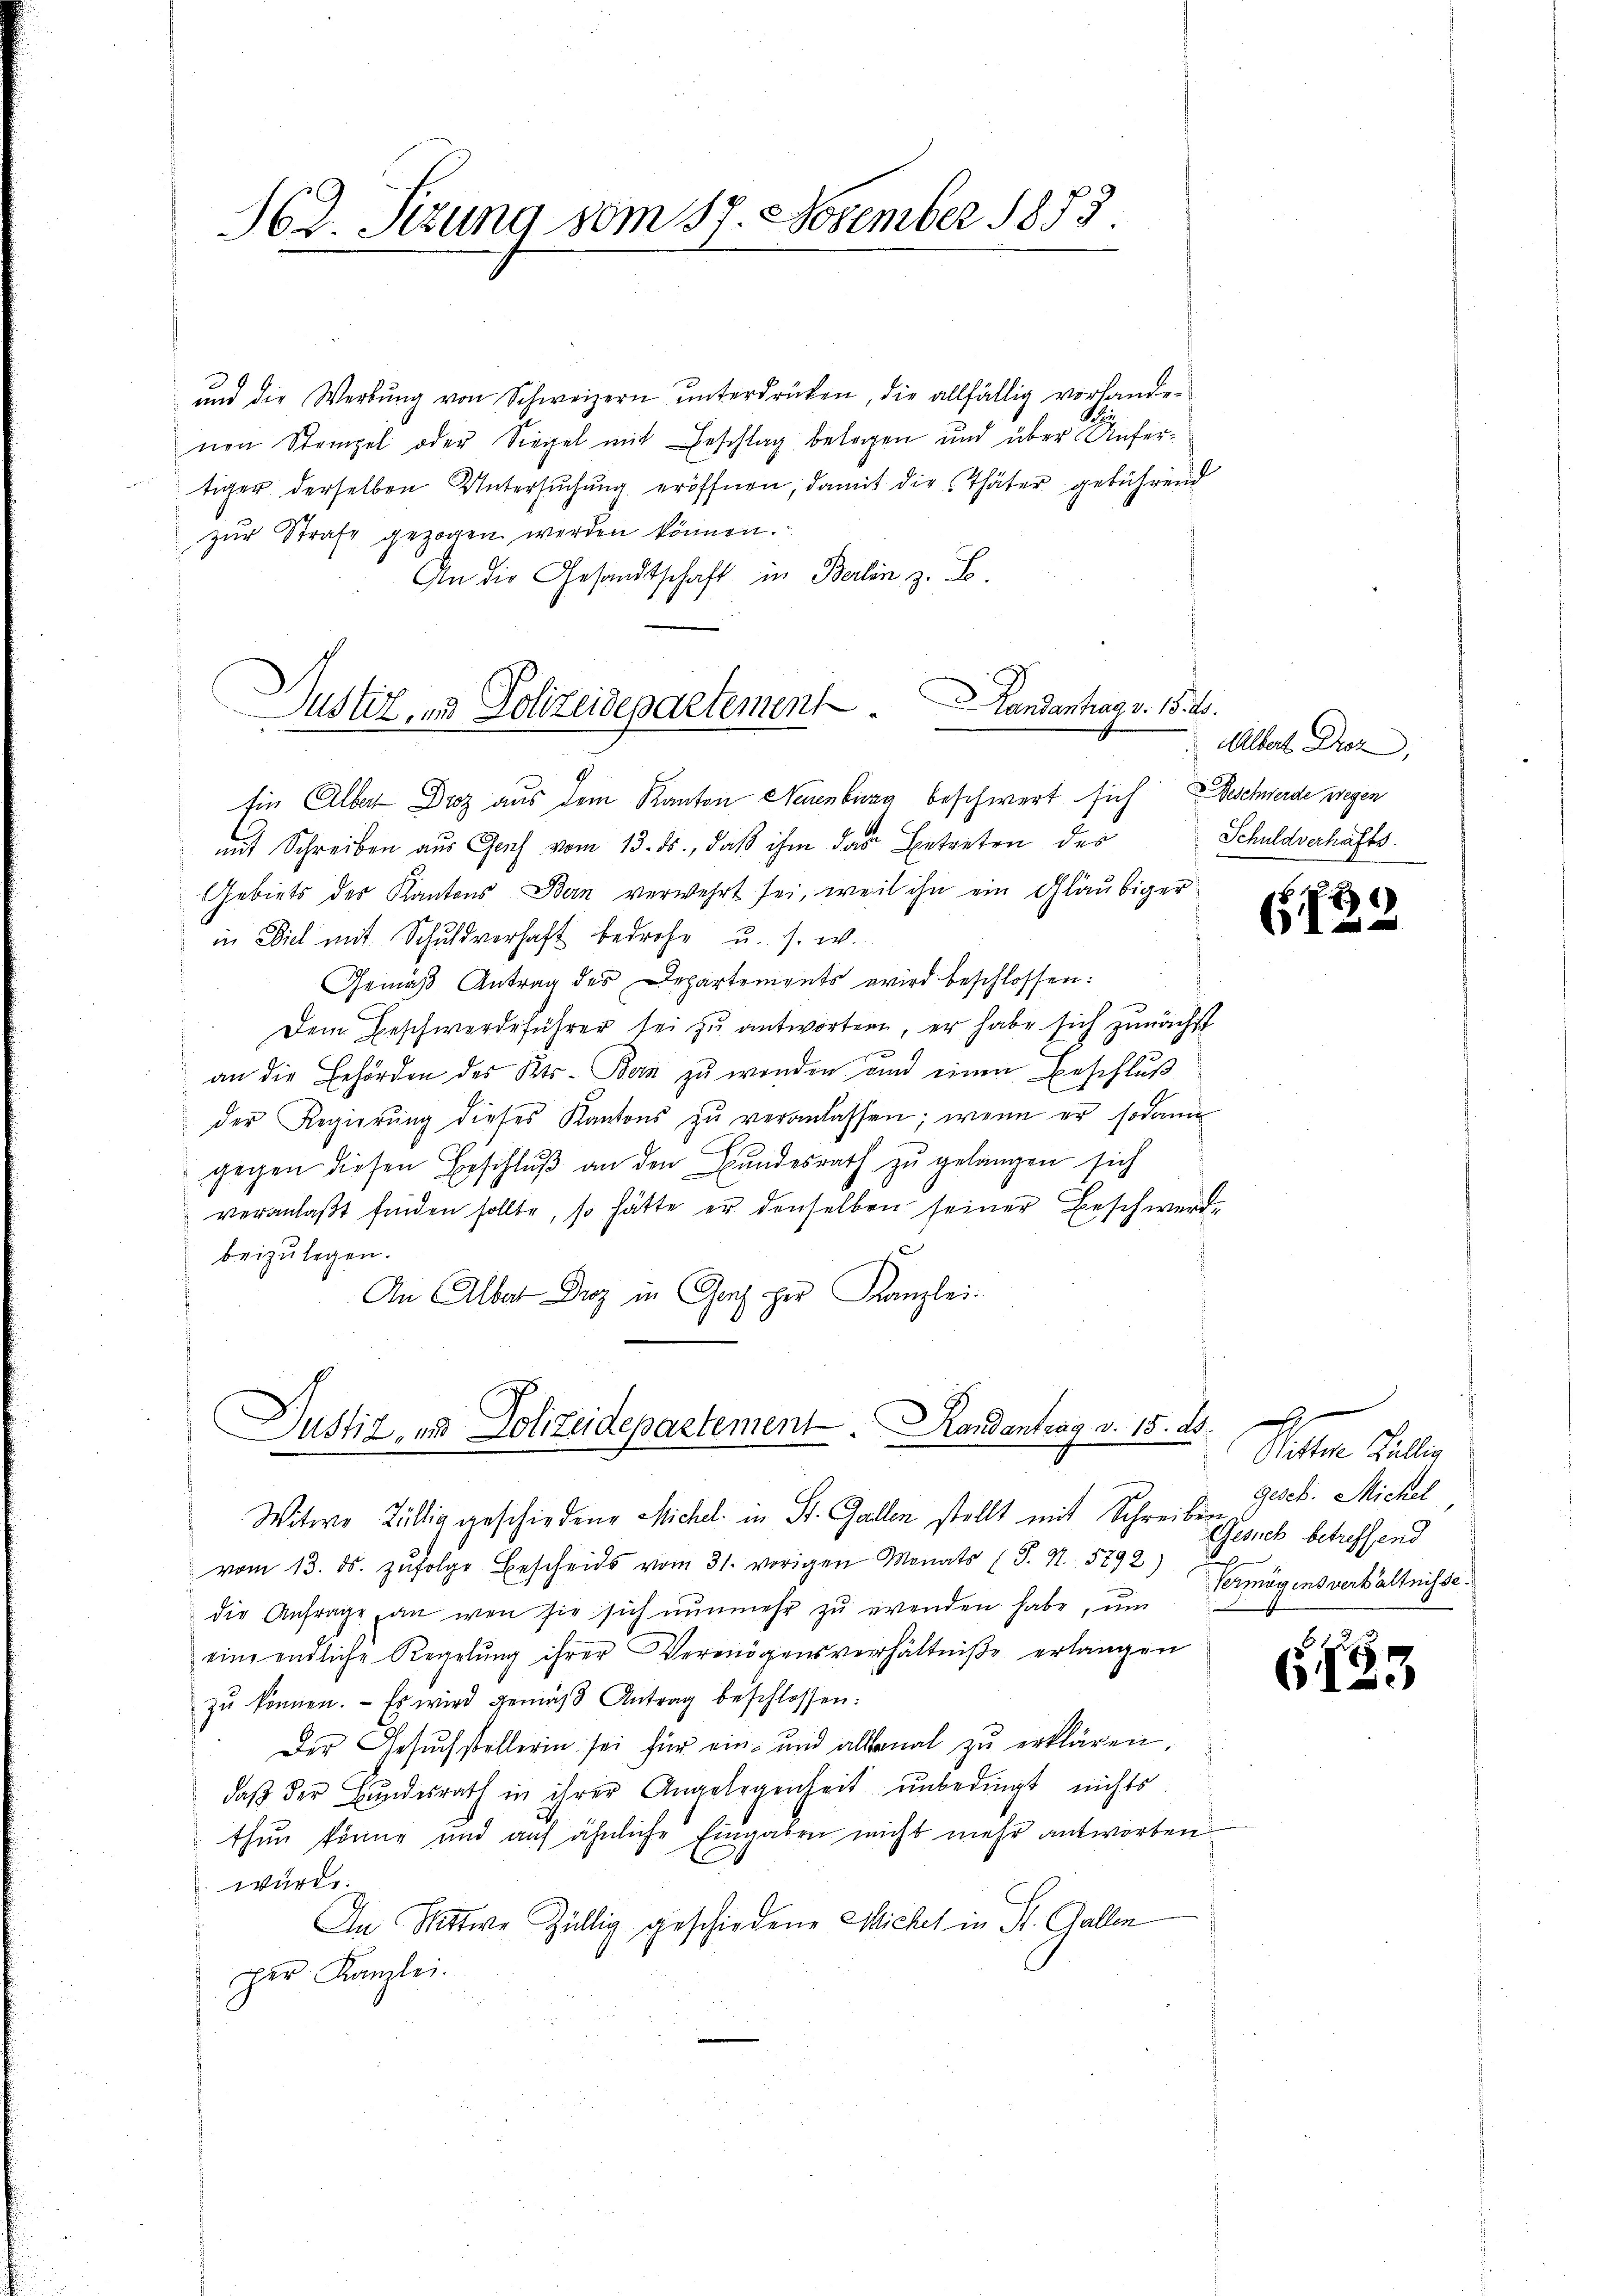
362. Sizung vom 17. November 1853.

ŭnd die Werbŭng von Schweizern ŭnterdrüken, die allfällig vorhande-
nen Stempel oder Siegel mit Beschlag belagen und über Aufertiger derselben Untersuchung eröffnen, damit die Thäter gebührend
zur Strafe gezogen werden können.
An die Gesandtschaft in Berlin z. B.
Ein Alber Droz aus dem Kanton Neuenburg beschwert sich Beschwerde wegen
mit Schreiben aus Genf vom 13. ds., daß ihm das Betreten des
Gebiets des Kantons Bern verwehrt sei, weil ihn ein Gläubiger
in Viel mit Schuldverhaft bedrohe u. s. w.
Gemäß Antrag des Departements wird beschlossen:
Dem Beschwerdeführer sei zu antworten, er habe sich zunächst
an die Behörden des Kts. Bern zu werden und einen Beschluß
der Regierŭng dieses Kantons zŭ veranlassen; wenn er sodann
gegen diesen Beschlŭβ an den Bundesrath zu gelangen sich
veranlaβt finden sollte, so hätte er denselben seiner Beschwerde
beizulegen.
An Albat Droz in Graf her Kanzlei-

Justiz, und Polizeidepartement

Landantrag v. 15. ds.

Justiz, und Polizeidepartement. Randantrag v. 15. d.

Witwe Billig geschiedene Michel in St. Gallen stellt mit Schreiben sich betreffend
vom 13. ds. zŭfolge Bescheids vom 31. vorigen Monats (S. N. 5892.)
die Anfrage, an wen sie sich nŭnmehr zŭ wenden habe, ŭm Vermögensverhältnisse.
eine endliche Regelung ihrer Vermögensverhältniße erlangen
zŭ können. Es wird gemäß Antrag beschlossen:
Der Gesuchstellerin sei für ein- und allemal zu erklären.
daß der Bundesrath in ihrer Angelegenheit unbedingt nichts
thun könne und auf ähnliche Eingaben nicht mehr antworten
würde.
An Wittwe Zillig geschiedene Michel in St. Gallen
per Kanzlei.

Albert Droz.
Schuldverhafts

12

Paten Silber
gesch. Michel

153